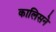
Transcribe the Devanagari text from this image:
कालिसने